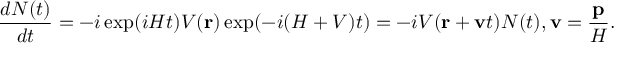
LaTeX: \frac { d N ( t ) } { d t } = - i \exp ( i { \cal H } t ) V ( { \bf r } ) \exp ( - i ( { \cal H } + V ) t ) = - i V ( { \bf r } + { \bf v } t ) N ( t ) , { \bf v } = \frac { { \bf p } } { { \cal H } } .